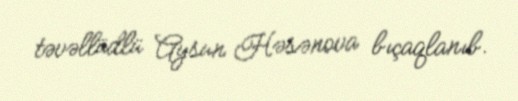
təvəllüdlü Aysun Həsənova bıçaqlanıb.